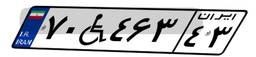
۱۶W۶۳۳۲۲